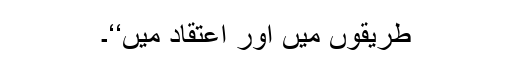
طریقوں میں اور اعتقاد میں‘‘۔